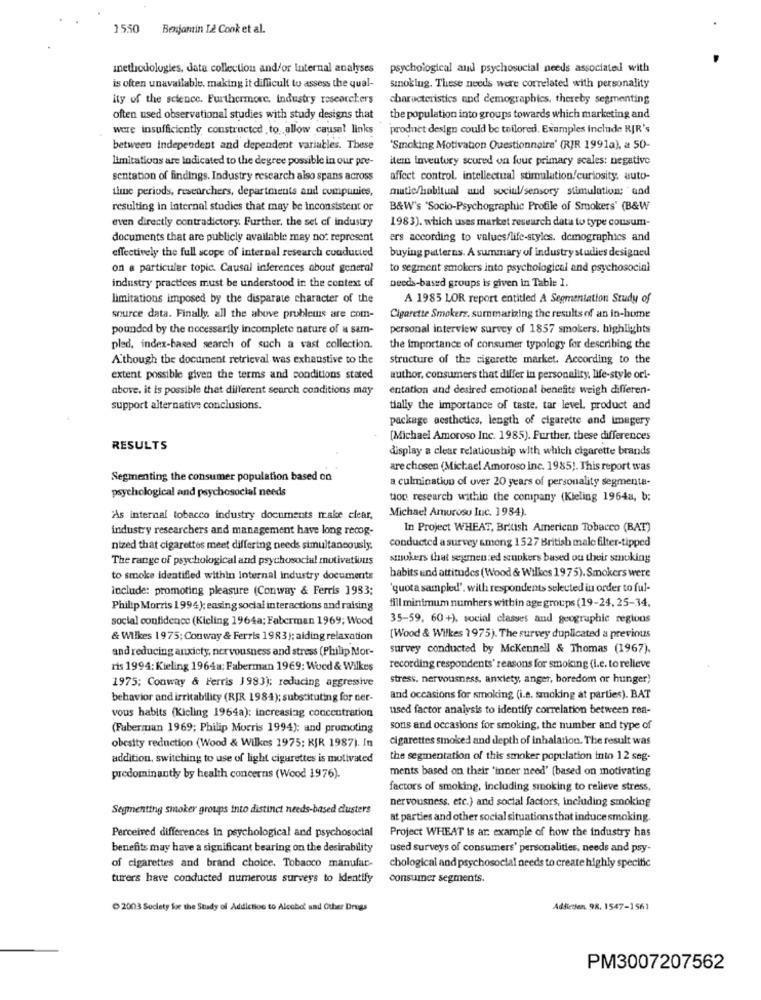
1550
Benjamin L2 Conk et al.
inethicdologies, data collection and/or Internal analyses
psychological and psychosocial needs associated with
is often unavailable, making it difficult to assess the qual-
smoking. These needs were correlated with personality
ity of the science. Furthermore, Industry researchers
characteristics and demographics, thereby segmenting
often used observational studies with study designs that
the population into groups towards which marketing and
were insufficiently constructed to allow causal links
product design could be tailored. Examples include RIR's
between Independent and dependent variables. These
"Smoking Motivation Questionnaire' (RJR 1991a), a 50-
limitations are Indicated to the degree possible in our pre-
itern inventory scored on four primary scales: negative
sentation of findings. Industry research also spans across
affect control, intellectual stimulation/curiosity, auto-
time periods, researchers, departments and compunice,
matic/habitual und sociul/sensory stimulation; "and
resulting in internal studies that may be inconsistent or
B&W's "Socio-Psychographic Profile of Smokers' (B&W
even directly contradictory. Further, the set of industry
1983). which uses market research data to type cousum-
documents that are publicly available may not represent
ers according to values/life-styles. demographics and
effectively the full scope of internal research conducted
buying patterns. A summary of industry studies designed
on a particular topic. Causal inferences about general
to segment smokers into psychological and psychosocial
industry practices must be understood in the context of
needs-based groups is given in Table 1.
limitations imposed by the disparate character of the
A 1985 LOR report entitled A Segmentation Study of
source data. Finally, all the above problems are com-
Cigarette Smokerz, summarizing the results of an in-home
pounded by the necessarily incomplete nature of a sam-
personal interview survey of 1857 smokers. highlights
pled, index-based search of such a vast collection.
the Importance of consumer typology for describing the
A'though the document retrieval was exhaustive to the
structure of the cigarette market. According to the
extent possible given the terms and conditions stated
author, consumers that differ in personality, life-style orl-
above. it is possible that different search conditions may
entation and desired emotional benefits weigh differen-
support alternative conclusions.
tially the importance of taste, tar level, product and
package aesthetics, length of cigarette and imagery
[Michael Amoroso Inc. 1985). Further, these differences
RESULTS
display a clear relationship with which cigarette brands
are chosen (Michael Amoroso inc. 1985). This report was
Segmenting the consumer population based on
a culmination of over 20 years of personality segmenta-
psychological and psychosocial needs
tion research within the company (Kieling 1964a, b;
Michael Amurosu Inc. 1934).
'As internal tobacco industry documents make clear,
industry researchers and management have long recog-
In Project WHEAT, British American Tobacco (BAT)
nized that cigarettes meet differing needs simultaneously.
conducted a survey among 1527 British male filter-tipped
The range of psychological and psychosocial motivatiuus
smokers that segmen ed suokers based ou their smoking
to smoke identified within Internal industry documents
habits und attitudes (Wood & Wilkes 1975). Smokers were
include: promoting pleasure (Conway & Ferris 1983;
'quota sampled'. with respondents selected in order to ful-
Philip Morris 1994); easing social interactions and raising
fill minimum numbers within age groups (19-24, 25-34,
social confidence (Kieling 1964a; Faberman 1969; Wood
35-59, 60 +), social classes and geographic regions
& Wilkes 1975; Conway & Ferris 1983); aiding relaxation
[Wood & Wilkes 1975). The survey duplicated a previous
and reducing anxiety, nervousness and stress (Philip Mor-
survey conducted by Mckennell & Thomas (1967).
ris 1994: Kieling 1964a; Faberman 1969: Wood & Wilkes
recording respondents' reasons for smoking (i.e. to relieve
1975: Conway & Ferris 1983); reducing aggressive
stress, nervousness, anxiety, anger, boredom or hunger)
behavior and irritability (RJR 1984); substituting for ner-
and occasions for smoking (i.e. smoking at parties). BAT
used factor analysis to identify correlation between rea-
vous habits (Kicling 1964a): increasing concentration
(Faberman 1969; Philip Morris 1994): and promoting
sons and occasions for smoking, the number and type of
cigarettes smoked and depth of inhalation. The result was
obesity reduction (Wood & Wilkes 1975; RJR 1987). In
addition, switching to use of light cigarettes is motivated
the segmentation of this smoker population into 12 seg-
ments based on their 'inner need' (based on motivating
predominantly by health concerns (Wood 1976).
factors of smoking, including smoking to relieve stress,
nervousness, etc.) and social factors, including smoking
Segmenting smoker groups into distinct needs-based clusters
at parties and other social situations that induce smoking.
Perceived differences in psychological and psychosocial
Project WHEAT is an example of how the industry has
benefits may have a significant bearing on the desirability
used surveys of consumers' personalities, needs and psy-
of cigarettes and brand choice. Tobacco manufac-
chological and psychosocial needs to create highly specific
turers have conducted numerous surveys to Identify
consumer segments.
2003 Society for the Study of Addiction to Alcobo' sad Other Drugs
Addicten 98. 1547-1561
PM3007207562